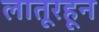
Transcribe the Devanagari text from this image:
लातूरहून